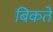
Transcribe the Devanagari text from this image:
बिकतें